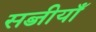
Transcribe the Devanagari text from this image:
सब्जीयाँ